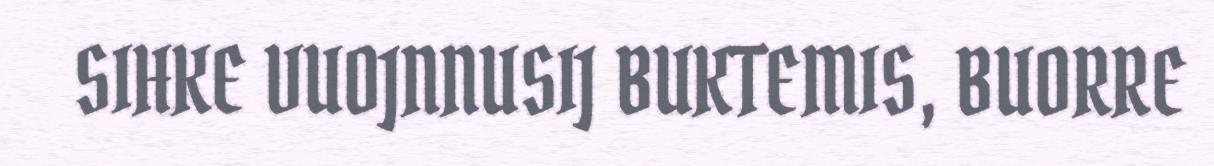
SIHKE VUOJNNUSIJ BUKTEMIS, BUORRE